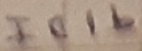
Text: IC1b